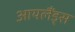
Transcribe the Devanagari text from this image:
आयलैंड्स